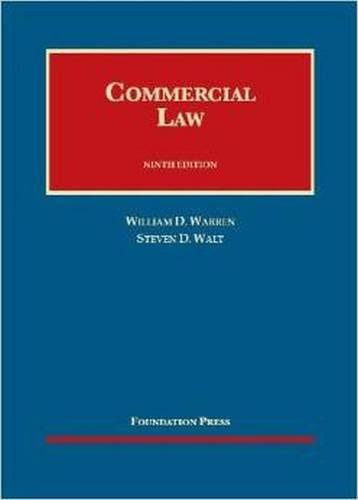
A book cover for Commercial Law (University Casebook Series); William Warren; Law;